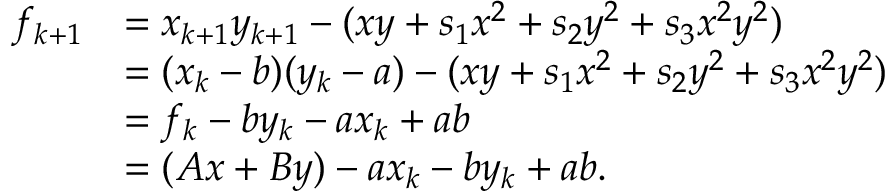
\begin{array} { r l } { f _ { k + 1 } } & { = x _ { k + 1 } y _ { k + 1 } - ( x y + s _ { 1 } x ^ { 2 } + s _ { 2 } y ^ { 2 } + s _ { 3 } x ^ { 2 } y ^ { 2 } ) } \\ & { = ( x _ { k } - b ) ( y _ { k } - a ) - ( x y + s _ { 1 } x ^ { 2 } + s _ { 2 } y ^ { 2 } + s _ { 3 } x ^ { 2 } y ^ { 2 } ) } \\ & { = f _ { k } - b y _ { k } - a x _ { k } + a b } \\ & { = ( A x + B y ) - a x _ { k } - b y _ { k } + a b . } \end{array}